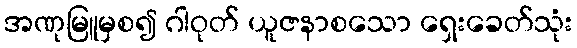
အဏုမြူမှစ၍ ဂါဝုတ် ယူဇနာစသော ရှေးခေတ်သုံး